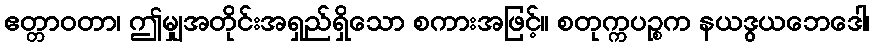
ဧတ္တာဝတာ၊ ဤမျှအတိုင်းအရှည်ရှိသော စကားအဖြင့်။ စတုက္ကပဉ္စက နယဒွယဘေဒေါ၊